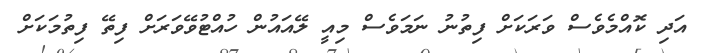
އަދި ކޮއްމެވެސް ވަރަކަށް ފިތުނު ނަމަވެސް މިއީ ލޭއައުން ހުއްޓުވޭވަރަށް ފިތޭ ފިތުމަކަށް